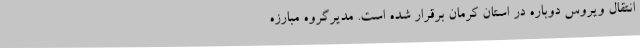
انتقال ویروس دوباره در استان کرمان برقرار شده است. مدیرگروه مبارزه